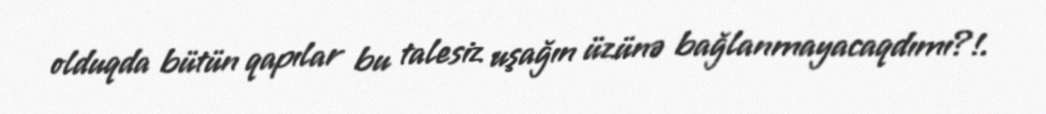
olduqda bütün qapılar bu talesiz uşağın üzünə bağlanmayacaqdımı?!.